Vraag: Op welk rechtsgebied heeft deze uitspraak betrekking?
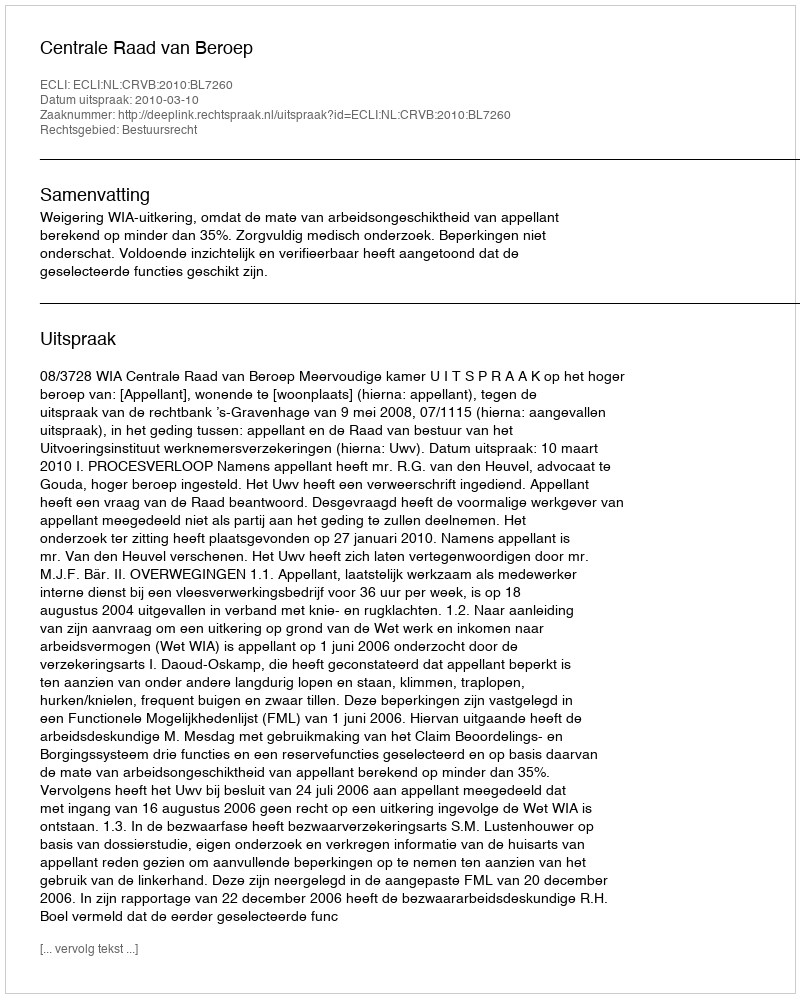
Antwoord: Bestuursrecht